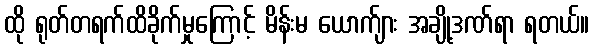
ထို ရုတ်တရက်ထိခိုက်မှုကြောင့် မိန်းမ ယောက်ျား အချို့ဒဏ်ရာ ရတယ်။